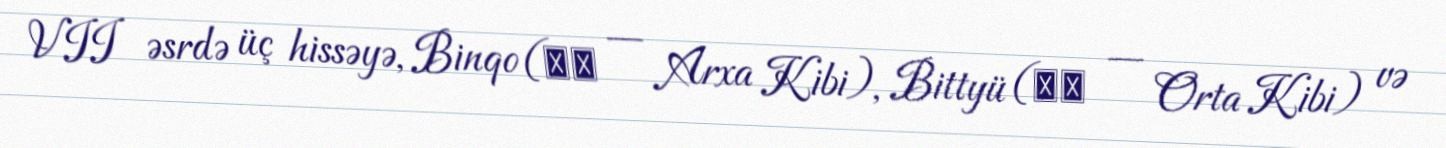
VII əsrdə üç hissəyə, Binqo (備後 — Arxa Kibi), Bittyü (備中 — Orta Kibi) və